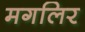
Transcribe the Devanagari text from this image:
मगलिर